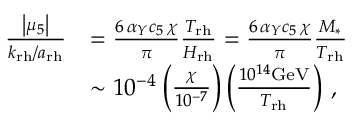
\begin{array} { r l } { \frac { \left| \mu _ { 5 } \right| } { k _ { \mathrm { r h } } / a _ { \mathrm { r h } } } } & { = \frac { 6 \, \alpha _ { Y } c _ { 5 } \, \chi } { \pi } \frac { T _ { \mathrm { r h } } } { H _ { \mathrm { r h } } } = \frac { 6 \, \alpha _ { Y } c _ { 5 } \, \chi } { \pi } \frac { M _ { * } } { T _ { \mathrm { r h } } } } \\ & { \sim 1 0 ^ { - 4 } \: \bigg ( \frac { \chi } { 1 0 ^ { - 7 } } \bigg ) \left( \frac { 1 0 ^ { 1 4 } \mathrm { G e V } } { T _ { \mathrm { r h } } } \right) \, , } \end{array}